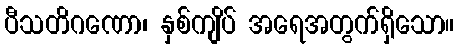
ပီသတိဂဏော၊ နှစ်ကျိပ် အရေအတွက်ရှိသော။